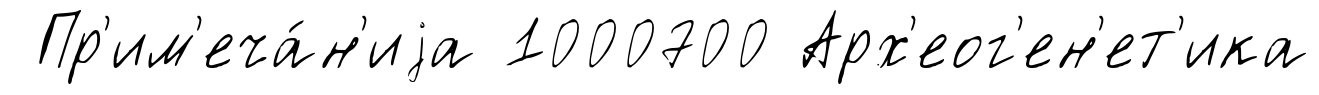
Пр'им'еча́н'иjа 1000700 Арх'еог'ен'ет'ика